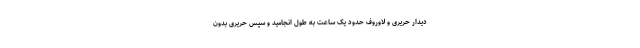
دیدار حریری و لاوروف حدود یک ساعت به طول انجامید و سپس حریری بدون